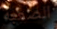
الصعبة